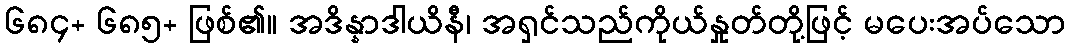
၆၈၄+ ၆၈၅+ ဖြစ်၏။ အဒိန္နာဒါယိနီ၊ အရှင်သည်ကိုယ်နှုတ်တို့ဖြင့် မပေးအပ်သော